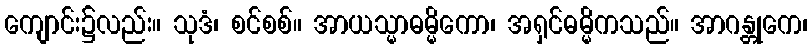
ကျောင်း၌လည်း။ သုဒံ၊ စင်စစ်။ အာယသ္မာဓမ္မိကော၊ အရှင်ဓမ္မိကသည်။ အာဂန္တုကေ၊